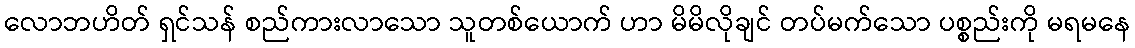
လောဘဟိတ် ရှင်သန် စည်ကားလာသော သူတစ်ယောက် ဟာ မိမိလိုချင် တပ်မက်သော ပစ္စည်းကို မရမနေ